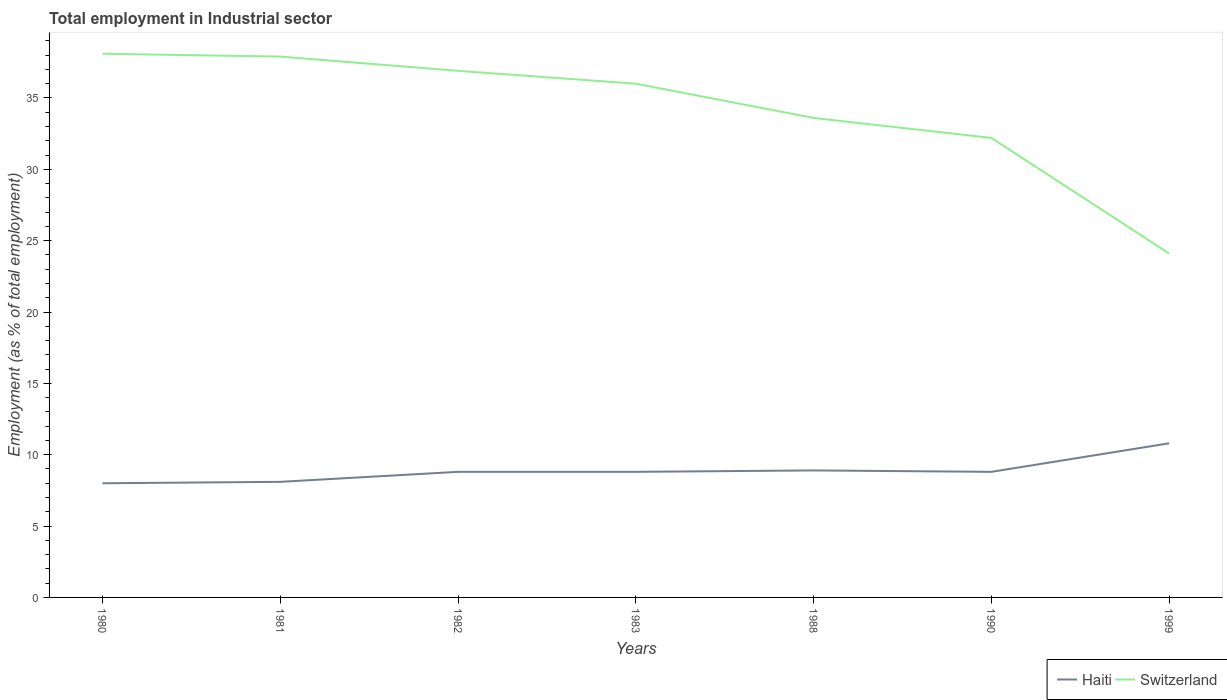
| Years | Haiti | Switzerland |
 | --- | --- | --- |
 | 1980 | 8 | 38.1 |
 | 1981 | 8.1 | 37.9 |
 | 1982 | 8.8 | 36.9 |
 | 1983 | 8.8 | 36 |
 | 1988 | 8.9 | 33.6 |
 | 1990 | 8.8 | 32.2 |
 | 1999 | 10.8 | 24.1 |